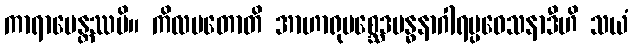
ကာရာပေန္တဿပိ။ ကိလမတောတိ အာဟာရုပစ္ဆေဒဗန္ဓနာဂါရပ္ပဝေသနာဒီဟိ သယံ